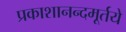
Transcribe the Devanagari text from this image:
प्रकाशानन्दमूर्तये